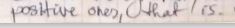
positive ones, What I is.